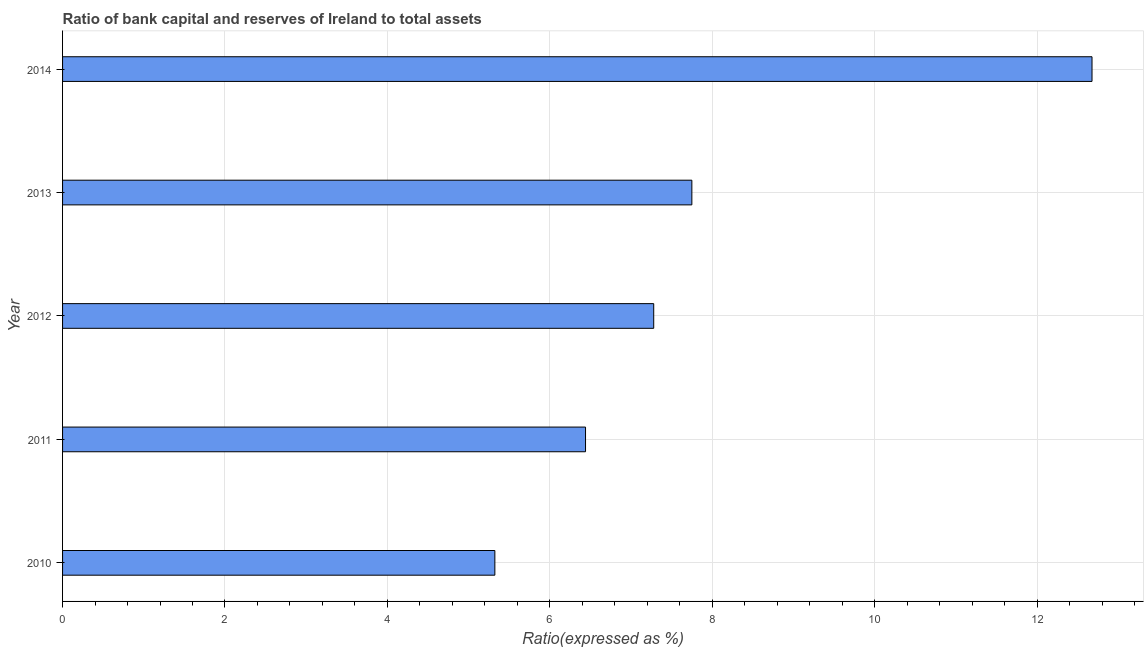
| Year | Bank capital to assets ratio |
 | --- | --- |
 | 2010 | 5.32 |
 | 2011 | 6.44 |
 | 2012 | 7.28 |
 | 2013 | 7.75 |
 | 2014 | 12.7 |